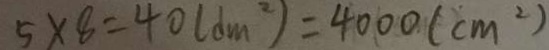
5 \times 8 = 4 0 ( d m ^ { 2 } ) = 4 0 0 0 ( c m ^ { 2 } )